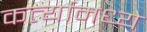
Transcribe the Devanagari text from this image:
कर्त्यामध्ये